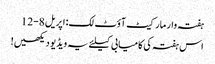
ہفتہ وار مارکیٹ آؤٹ لک: اپریل 8-12
اس ہفتہ کی کامیابی کیلئے یہ ویڈیو دیکھیں!